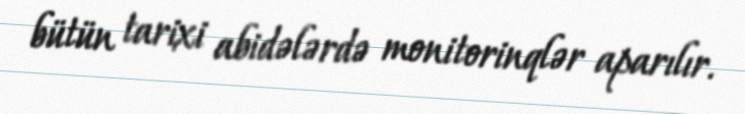
bütün tarixi abidələrdə monitorinqlər aparılır.